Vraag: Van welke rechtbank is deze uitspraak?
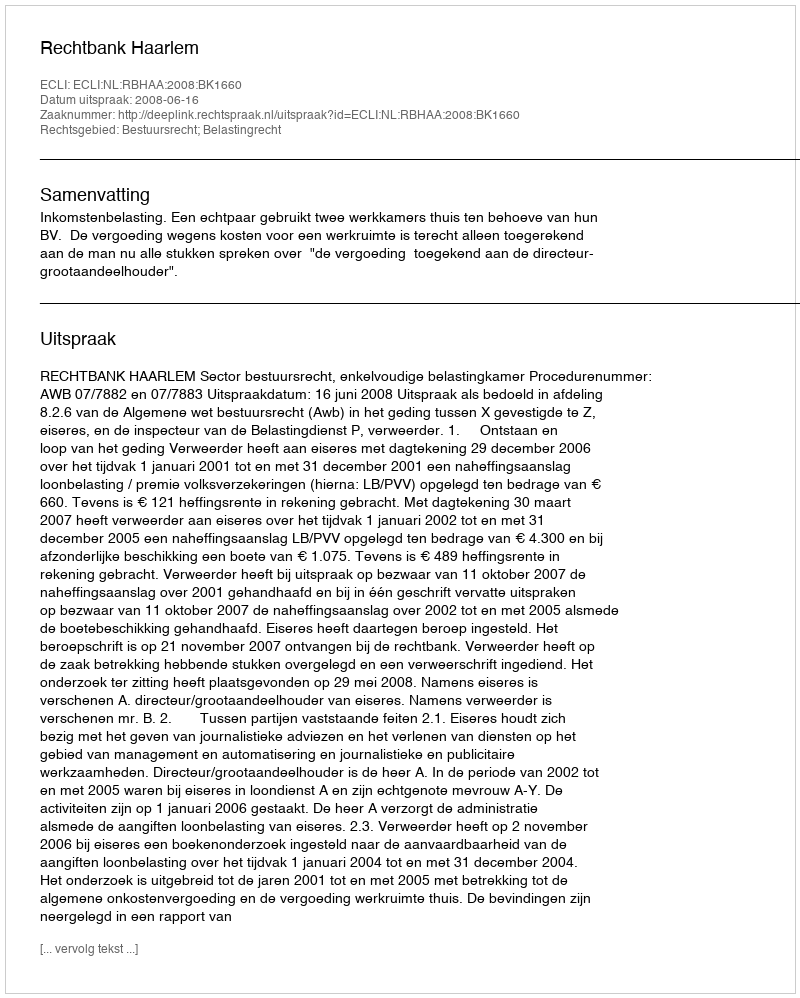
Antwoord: Rechtbank Haarlem